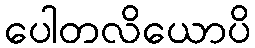
ပေါတလိယောပိ